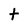
Character: t